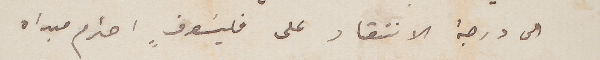
الى درجة الانتقاد على فيلسوفٍ احترم مبداه